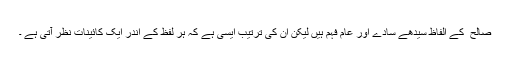
صالح ؔ کے الفاظ سیدھے سادے اور عام فہم ہیں لیکن ان کی ترتیب ایسی ہے کہ ہر لفظ کے اندر ایک کائینات نظر آتی ہے ۔